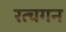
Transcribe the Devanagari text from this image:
रत्चगन